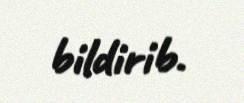
bildirib.